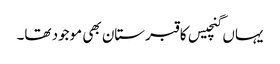
یہاں گنچیس کا قبرستان بھی موجود تھا۔